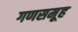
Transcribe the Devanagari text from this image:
गणसमूह